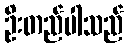
ဦးတည်ပါသည်